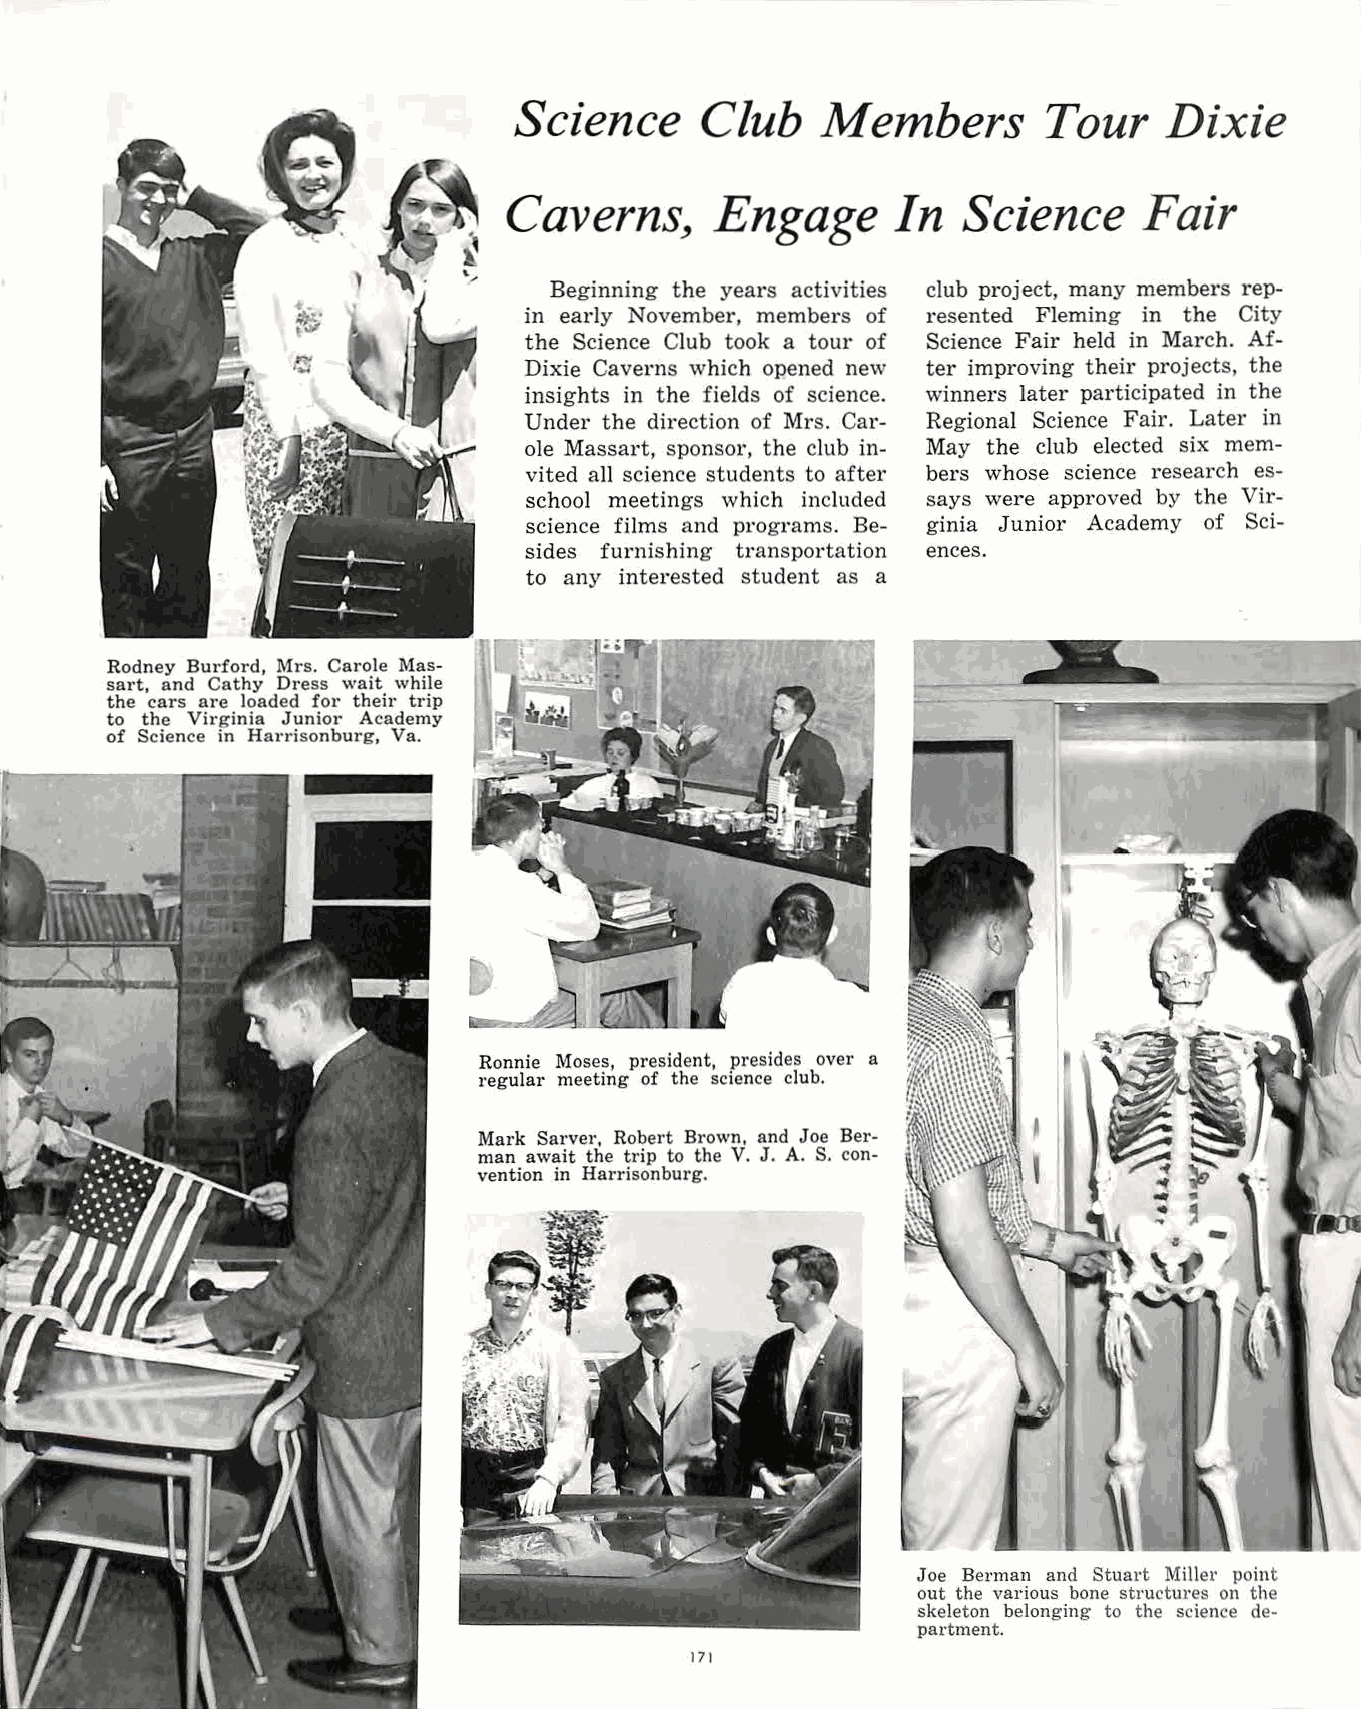
Science     Club    Members        Tour    Dixie
 Caverns,     Engage      In   Science     Fair
 Beginning the years activities club project, many members rep
 in early November, members of resented Fleming in the City
 the Science Club took a tour of Science Fair held in March. Af
 Dixie Caverns which opened new ter improving their projects, the
 insights in the fields of science. winners later participated in the
 Under the direction of Mrs. Car Regional Science Fair. Later in
 ole Massart, sponsor, the club in May the club elected six mem
 vited all science students to after bers whose science research es
 school meetings which included says were approved by the Vir
 science films and programs. Be ginia Junior Academy of Sci
 sides furnishing transportation ences.
 to any interested student as a
 Rodney Burford, Mrs. Carole Mas
 sart, and Cathy Dress wait while
 the cars are loaded for their trip
 to the Virginia Junior Academy
 of Science in Harrisonburg, Va.
 Ronnie Moses, president, presides over a
 regular meeting of the science club.
 Mark Sarver, Robert Brown, and Joe Ber
 man await the trip to the V. J. A. S. con
 vention in Harrisonburg.
 Joe Berman and Stuart Miller point
 out the various bone structures on the
 skeleton belonging to the science de
 partment.
 171